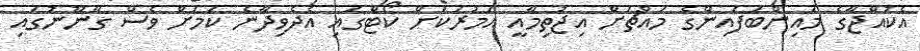
އެކުއްޖާގެ މައިންބަފައިންގެ މައްޗަށް އިޖުތިމާއީ އަމުރަކަށް ކޯޓްގައި އެދެވިދާނެ ކަމަށް ވެސް ގާނޫނުގައި